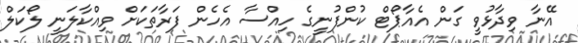
އޭނާ ވިދާޅުވީ ގަން އެއާޕޯޓް ކުންފުނީގެ ހިއްސާ އެހެން ފަރާތަކަށް ވިއްކާލަނީ ލޯކަލް